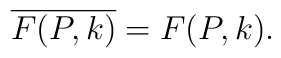
\overline{F(P, k)} = F(P, k).